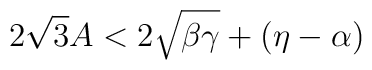
2\sqrt{3}A<2\sqrt{\beta\gamma}+(\eta-\alpha)